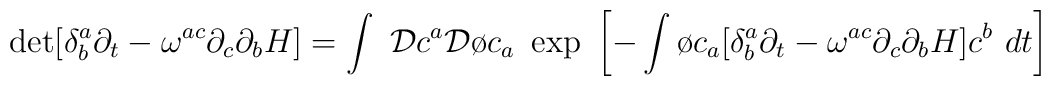
\det[\delta^{a}_{b}\partial_{t}-\omega^{ac}\partial_{c}\partial_{b}H]=\int~{\cal D}c^{a}{\cal D}{\o c}_{a}~\exp~\biggl[-\int {\o c}_{a}[\delta^{a}_{b}\partial_{t}-\omega^{ac}\partial_{c}\partial_{b}H]c^{b}~dt\biggr]